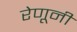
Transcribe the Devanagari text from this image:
रेणूनी